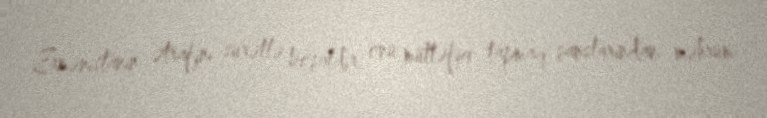
Ermənistanın ətrafını sürətlə boşaldır, onu müttəfiq tapmaq şanslarından məhrum